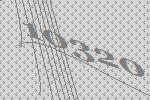
10320